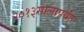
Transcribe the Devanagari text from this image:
२०१३सालापर्यंत